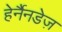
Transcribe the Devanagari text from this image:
हेर्नैनडेज़